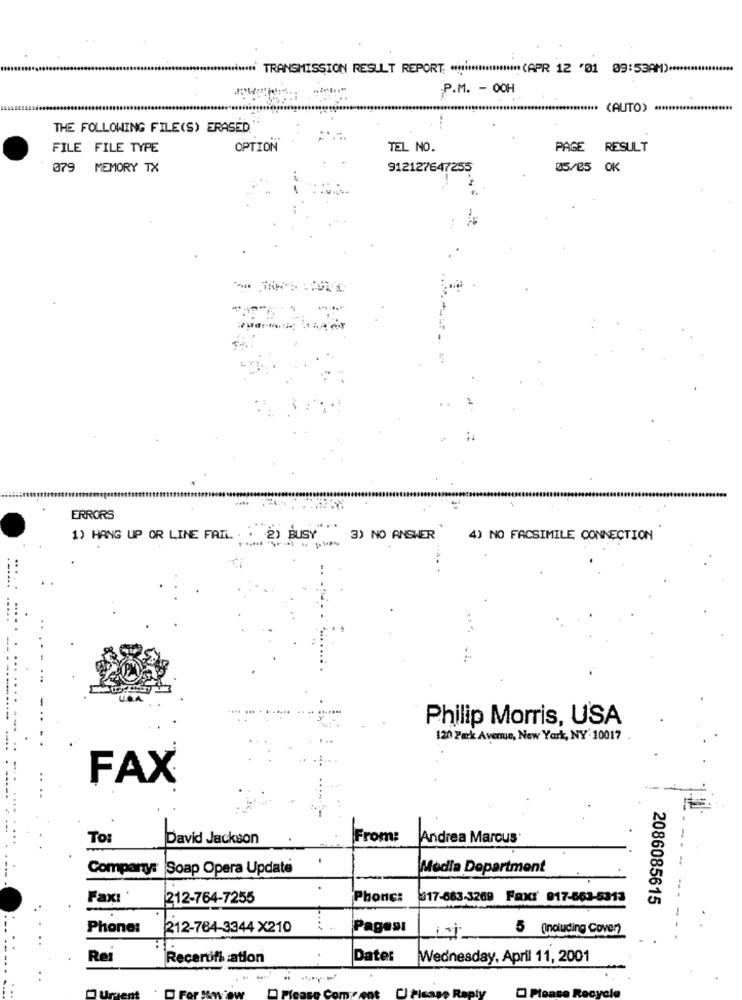
TRANSMISSION RESULT REPORT: ****************** (APR 12 '01 09:53AM) ***
P.M. - OOH
(AUTO)
THE FOLLOWING FILE(S) ERASED
FILE FILE TYPE
OPTION
TEL NO.
PAGE RESULT
079 MEMORY TX
912127647255
05/05 OK
ERRORS
1) HANG UP OR LINE FAI. . . 2) BUSY
3) NO ANSWER
4) NO FACSIMILE CONNECTION
Philip Morris, USA
120 Park Avenue, New York, NY 10017
FAX
To:
David Jackson
From:
Andrea Marcus
Comparty:
Soap Opera Update
Media Department
Fax:
212-764-7255
Phone:
817-663-3269 Fax: 917-66
13
2086085615
Phone:
212-784-3344 X210
Pagesı
5 (Including Cover)
Rei
Recertification
Date:
Wednesday, April 11, 2001
Reply